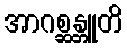
အာဂစ္ဆန္တူတိ